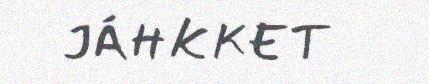
JÁHKKET